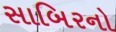
સાબિરનો